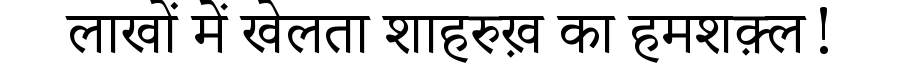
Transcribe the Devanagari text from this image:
लाखों में खेलता शाहरुख़ का हमशक़्ल!